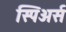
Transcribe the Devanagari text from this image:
स्पिअर्स